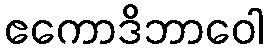
ဧကောဒိဘာဝေါ